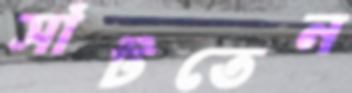
সাঁটতেন